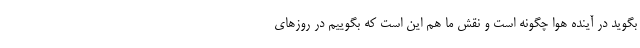
بگوید در آینده هوا چگونه است و نقش ما هم این است که بگوییم در روزهای